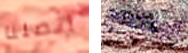
اتصلنا الإفصاح